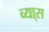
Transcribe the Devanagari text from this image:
व्या्स